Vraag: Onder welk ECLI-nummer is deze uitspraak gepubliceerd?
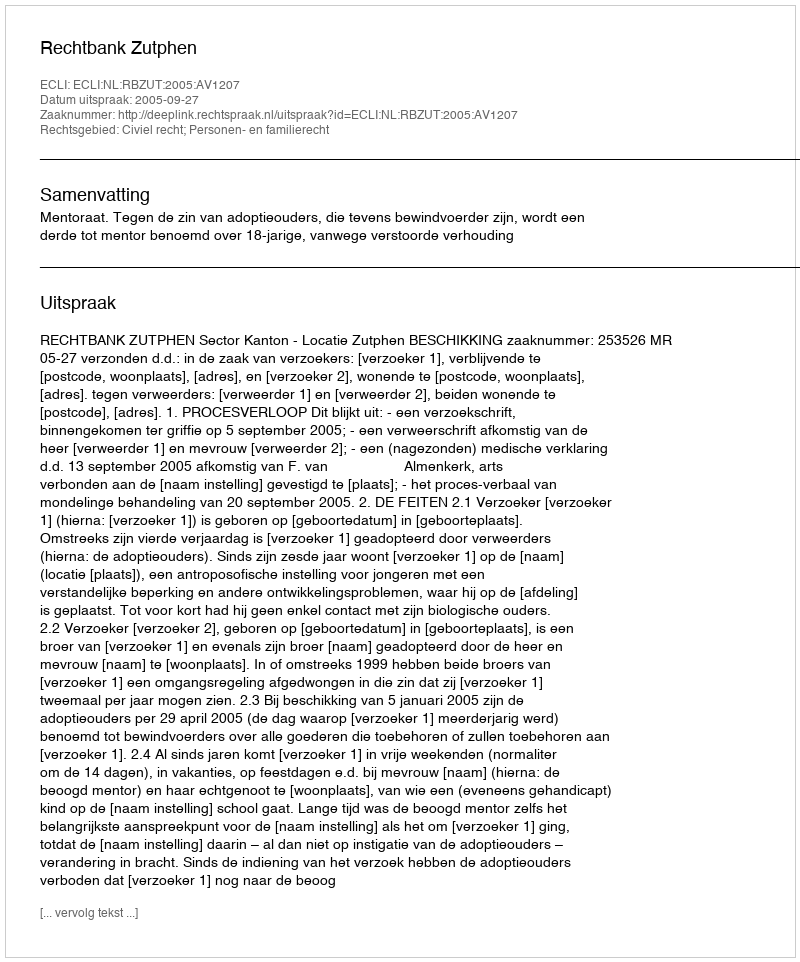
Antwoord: ECLI:NL:RBZUT:2005:AV1207